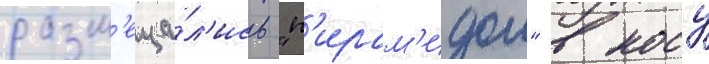
разм'еща́л'ись "п'ирам'идои" в носу